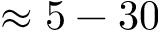
\approx 5 - 3 0